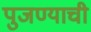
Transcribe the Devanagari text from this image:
पुजण्याची